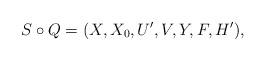
LaTeX: \begin{align*}S \circ Q=(X, X_0, U', V, Y, F, H'),\end{align*}